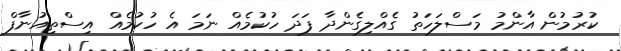
ކުރުމުން އާންމު މަސްލަހަތު ގެއްލިގެންދާ ފަދަ ހުކުމެއް ނަމަ އެ ހުކުމެއް އިސްތިއުނާފް